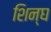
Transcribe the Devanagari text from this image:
शिन्घ